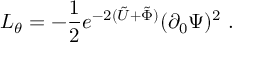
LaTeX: { \cal { L } } _ { \theta } = - { \frac { 1 } { 2 } } e ^ { - 2 ( \tilde { U } + \tilde { \Phi } ) } ( \partial _ { 0 } \Psi ) ^ { 2 } \ .